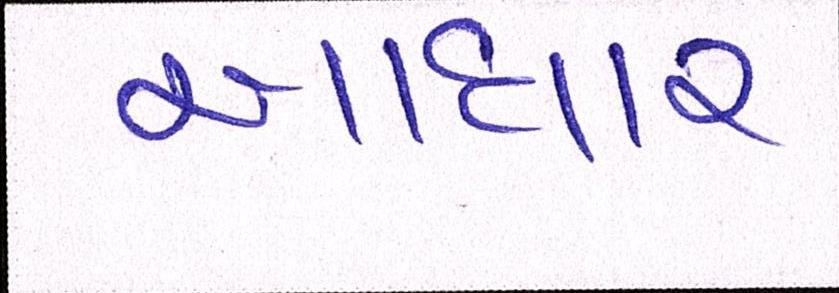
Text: આધાર